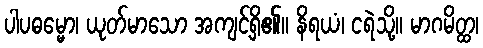
ပါပဓမ္မော၊ ယုတ်မာသော အကျင့်ရှိ၏။ နိရယံ၊ ငရဲသို့။ မာဂမိတ္ထ၊